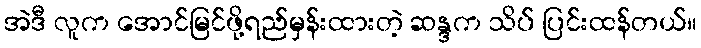
အဲဒီ လူက အောင်မြင်ဖို့ရည်မှန်းထားတဲ့ ဆန္ဒက သိပ် ပြင်းထန်တယ်။